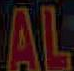
AL